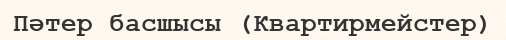
Пәтер басшысы (Квартирмейстер)